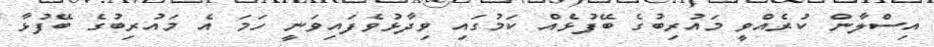
އިސްލާން ކުރެއްވީ މައުރިބުގެ ބޭފުޅެއް ކަމުގައި ވިދާޅުވެފައިވަނީ ހަމަ އެ މައުރިބުގެ ބޭފުޅާ